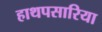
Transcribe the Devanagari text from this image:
हाथपसारिया